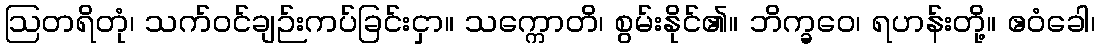
ဩတရိတုံ၊ သက်ဝင်ချဉ်းကပ်ခြင်းငှာ။ သက္ကောတိ၊ စွမ်းနိုင်၏။ ဘိက္ခဝေ၊ ရဟန်းတို့။ ဧဝံခေါ၊